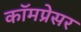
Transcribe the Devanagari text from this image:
कॉमप्रेसर